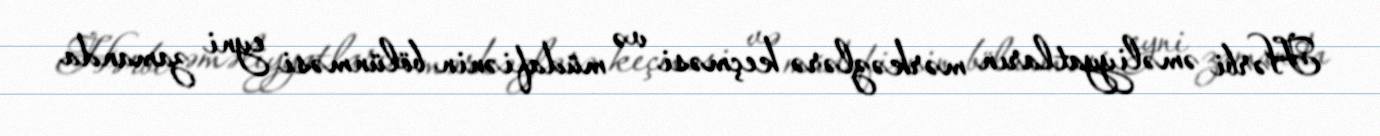
Hərbi əməliyyatların mərkəzlərə keçməsi və müdafiənin bölünməsi eyni zamanda